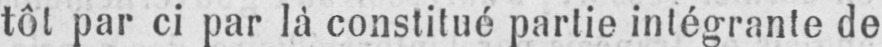
tôt par ci par là constitué partie intégrante de